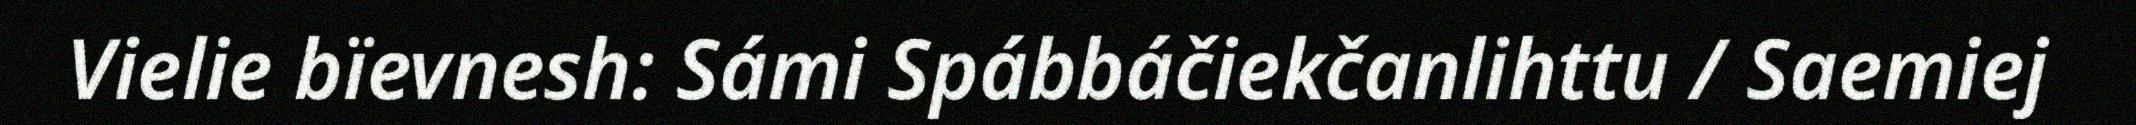
Vielie bïevnesh: Sámi Spábbáčiekčanlihttu / Saemiej